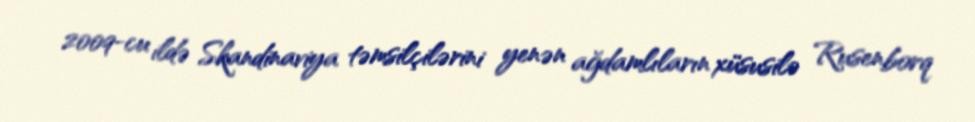
2009-cu ildə Skandinaviya təmsilçilərini yenən ağdamlıların xüsusilə Rusenborq